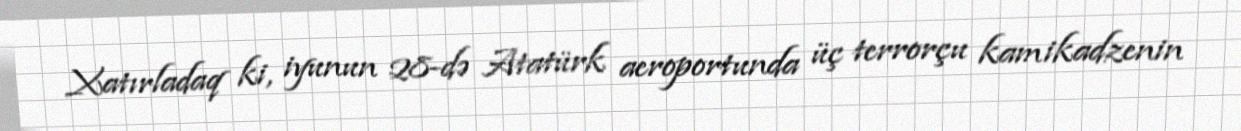
Xatırladaq ki, iyunun 28-də Atatürk aeroportunda üç terrorçu kamikadzenin